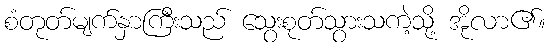
စံတုတ်မျက်နှာကြီးသည် သွေးစုတ်သွားသကဲ့သို့ အိုလာ၏။